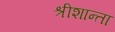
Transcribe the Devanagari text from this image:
श्रीशान्ता